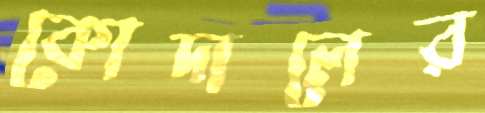
কোদালের